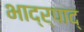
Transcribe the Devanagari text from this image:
भाद्र्पाद्